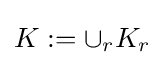
K:=\cup _{r}K_{r}